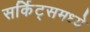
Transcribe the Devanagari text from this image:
सर्किट्समध्ये